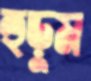
হুড়ুম